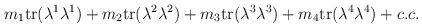
LaTeX: \begin{align*}m_1 {\rm tr}(\lambda^1 \lambda^1) + m_2{\rm tr}(\lambda^2 \lambda^2) + m_3 {\rm tr}(\lambda^3 \lambda^3) +m_4 {\rm tr}(\lambda^4 \lambda^4) + c.c.\end{align*}